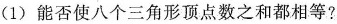
(1)能否使八个三角形顶点数之和都相等?